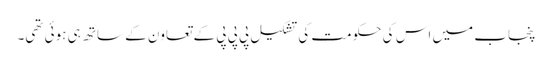
پنجاب میں اس کی حکومت کی تشکیل پی پی پی کے تعاون کے ساتھ ہی ہوئی تھی۔